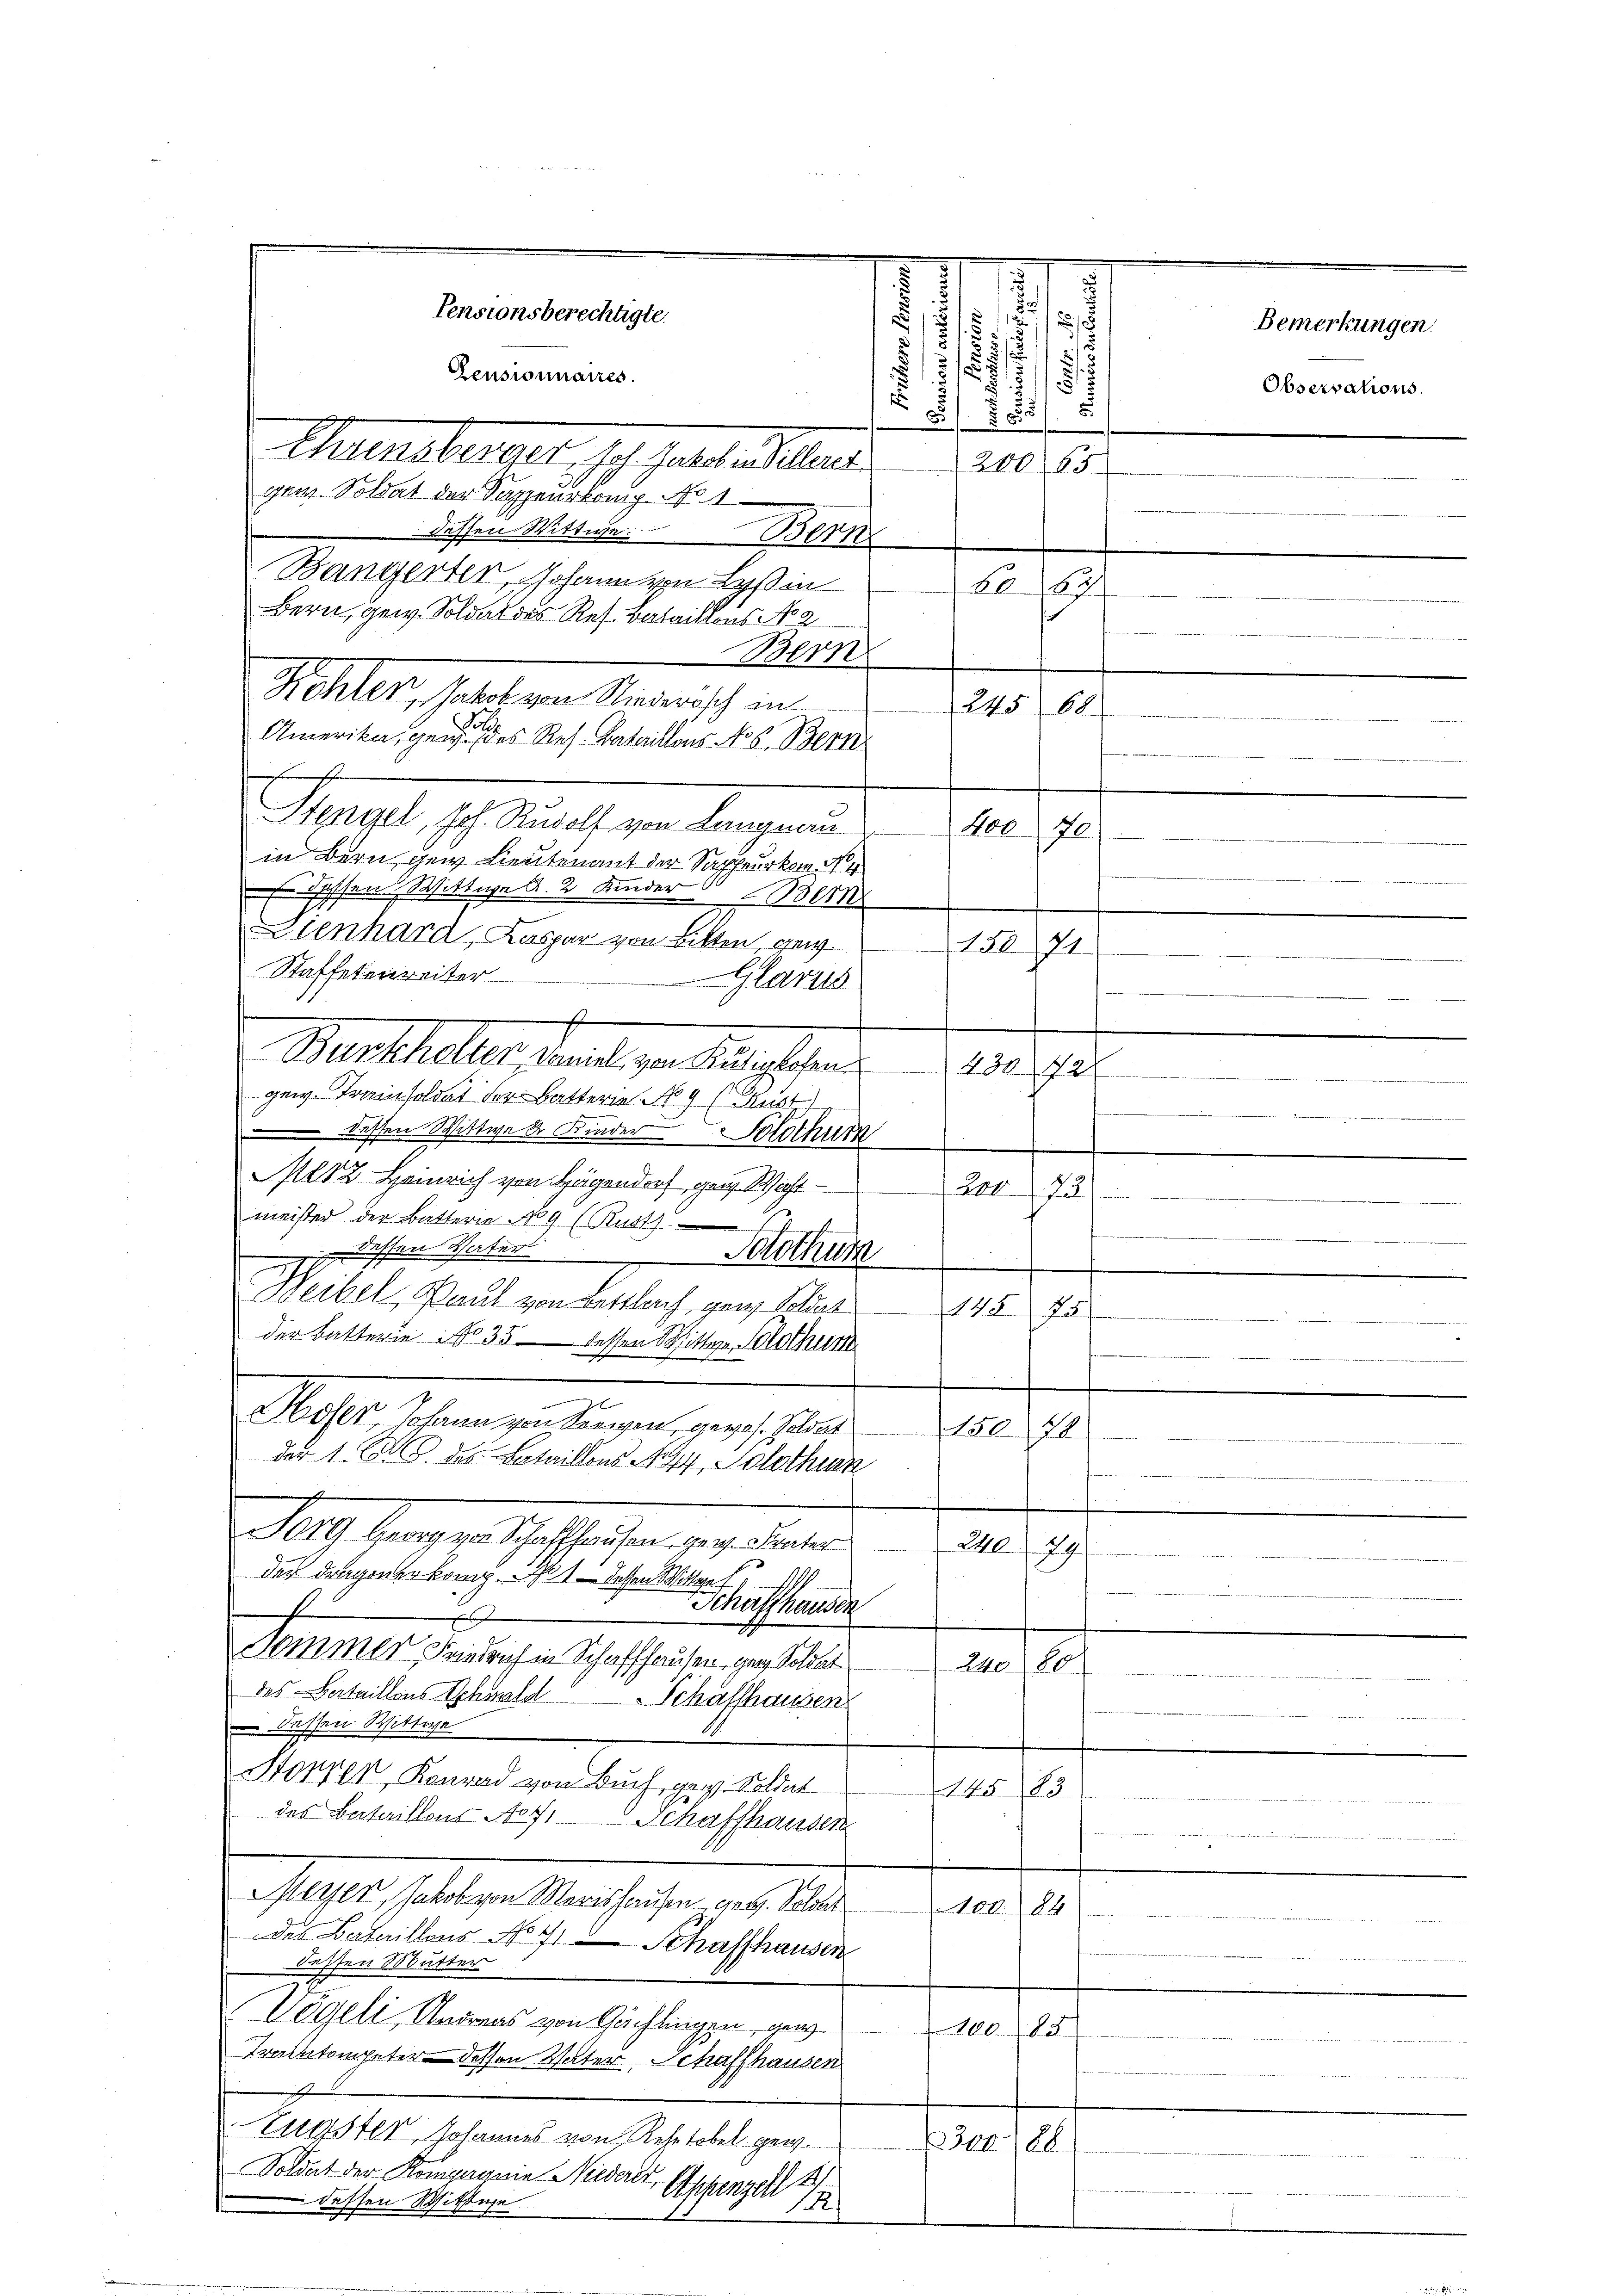
Auersbergeht. Ich hatte dellen.
gem. Soldat der Sappeurkamp No 1
dessen Wittwe Bern
Bangerter Johann von Lyßin
Bern, gew. Soldat des Res. Bataillons No 2
Stengel, Joh. Rudolf von Langman
in Bern gew Lieutenant der Sappeurkom No 4
 hoffen Wittwe A. 2 Kinder 300
Zienhard, Kaspar von Bitten, an
Staffetenweiter
Marthalter Kanal zur Anstalten.
gew. Fraisoldat der Batterie No 9 (Faust
dessen Wittwe Kinder Solothur
M212. Heinrich von Hagendorf gen. Nicht
meister der Buttern No 9 (Rust
 dessen Vater Bothüm
Weibel, Paul von Bettlach, ganz Soldat
2
der Batterie No 35 dessen Sitter, Solothurn
x
Moser Johann von Seewen, gewes. Soldat 15078
der 1. S. 8 des Bataillons No 94, Solothur
e
019 Georg von Schaffhausen, geg. Frater
der Dragoner könig. 21. dessen Mittwe f
f
e
Sommer, Friedrich in Schaffhausen, ganz Soldat
des Bataillons Schwald Schaffhausen
 dessen Wittwe
Sorrer, Konrad von Buch, geg. Soldat
14583.
des Bataillons Not. Schaffhausen
Merser, Jakob von Merishausen gen. Solot
400. 84.
des Bataillons No 4 Schaffhausen
dessen Mutter
Vögeli, Andreas von Gächlingen, wen
5
Trankompeter dessen Vater, Schaffhausen
Augster, Johannes von Rehetobel gew
200. 28
Soldat der Komparia Niederer
Aschanzell
 dessen Mittage
1

Rehler, Jakob von Niederisch in
Amerika, genen des Res. Bataillons No 6. Bern

Pensionsberechtigte.
Pensionnaires.

5
s
ad
a
/
3
7
2

s
.
§11551
x
5
c
2

20065.
6062
Bern
245
.
408
.
15071.
.
Glarus
—
430. 42
.
204. 73.
145 Ja
240. 79
Schaffhausen
2.

Bemerkungen.
Observations.